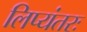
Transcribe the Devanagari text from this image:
लिप्यंतरः